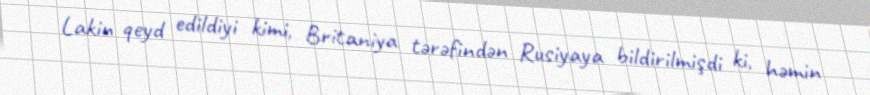
Lakin qeyd edildiyi kimi, Britaniya tərəfindən Rusiyaya bildirilmişdi ki, həmin